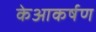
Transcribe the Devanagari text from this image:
केआकर्षण